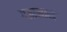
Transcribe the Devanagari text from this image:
गजानान